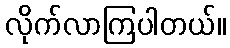
လိုက်လာကြပါတယ်။